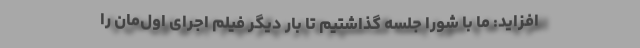
‌افزاید: ما با شورا جلسه گذاشتیم تا بار دیگر فیلم اجرای اول‌مان را